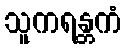
သူကရန္တကံ